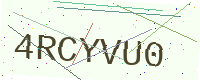
Text: 4RCYVU0